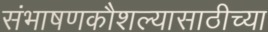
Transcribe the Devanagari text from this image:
संभाषणकौशल्यासाठीच्या